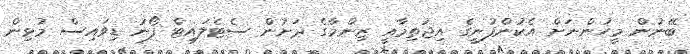
ބޭނުން މީހުންނަށް އެކުންފުނީގެ އިޖުތިމާއީ ޒިންމާގެ ދަށުން ސެޓެލައިޓް ފޯނު ޑިވައިސް މުޅިން